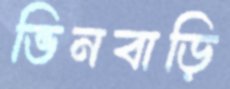
ভিনবাড়ি